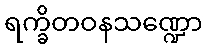
ရက္ခိတဝနသဏ္ဍော